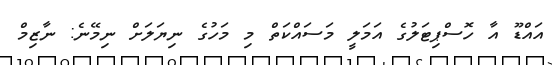
އައްޑޫ އާ ހޮސްޕިޓަލުގެ އަމަލީ މަސައްކަތް މި މަހުގެ ނިޔަލަށް ނިމޭނެ: ނާޒިމް